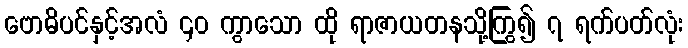
ဗောဓိပင်နှင့်အလံ ၄၀ ကွာသော ထို ရာဇာယတနသို့ကြွ၍ ၇ ရက်ပတ်လုံး